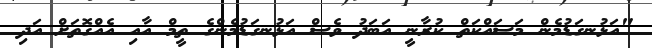
"އަޅުނގަޑުމެން މަސައްކަތް ކުރާނީ އަބަދު ވެސް އަޅުނގަޑުމެންގެ ތީމް އާއި އެއްގޮތަށް އަދި